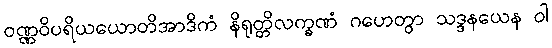
ဝဏ္ဏဝိပရိယယောတိအာဒိကံ နိရုတ္တိလက္ခဏံ ဂဟေတွာ သဒ္ဒနယေန ဝါ